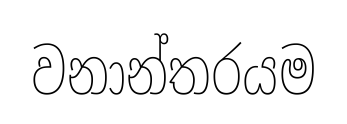
වනාන්තරයම